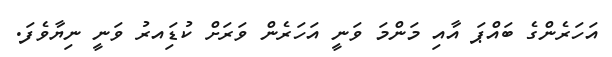
އަހަރެންގެ ބައްޕަ އާއި މަންމަ ވަނީ އަހަރެން ވަރަށް ކުޑަިއރު ވަނީ ނިޔާވެފަ.